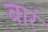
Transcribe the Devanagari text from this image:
बारं